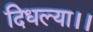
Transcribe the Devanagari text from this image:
दिधल्या।।